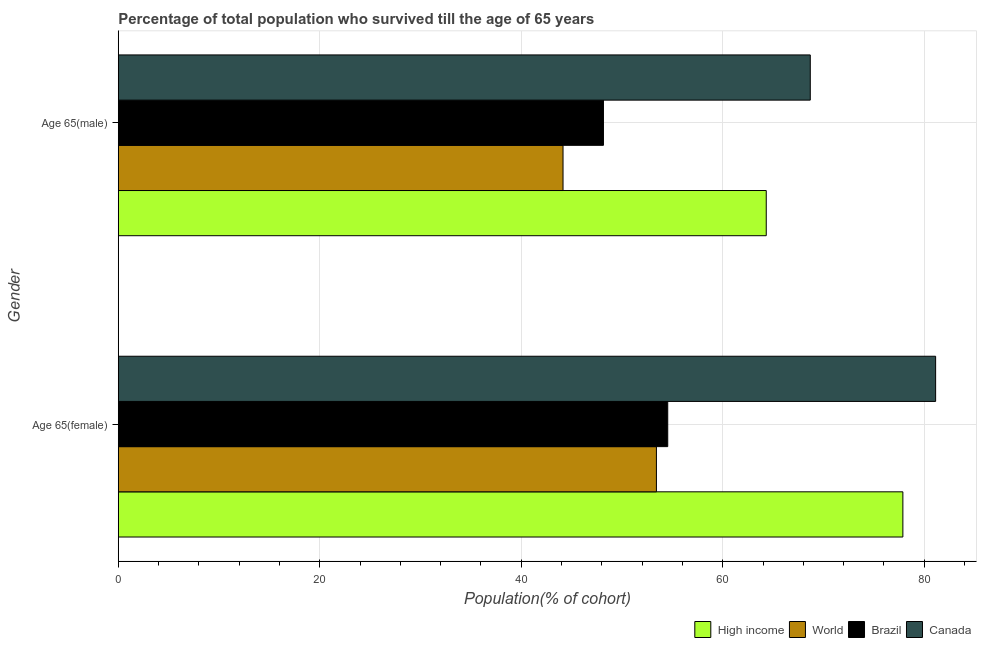
| Gender | High income | World | Brazil | Canada |
 | --- | --- | --- | --- | --- |
 | Age 65(female) | 77.9 | 53.4 | 54.5 | 81.1 |
 | Age 65(male) | 64.3 | 44.1 | 48.2 | 68.7 |